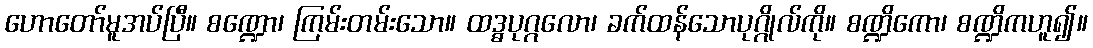
ဟောတော်မူအပ်ပြီ။ စဏ္ဍော၊ ကြမ်းတမ်းသော။ ထဒ္ဓပုဂ္ဂလော၊ ခက်ထန်သောပုဂ္ဂိုလ်ကို။ စဏ္ဍိကော၊ စဏ္ဍိကဟူ၍။